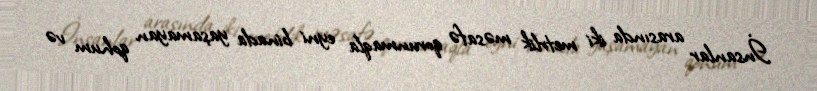
İnsanlar arasında iki metrlik məsafə qorunmaqla eyni binada yaşamayan qohum və